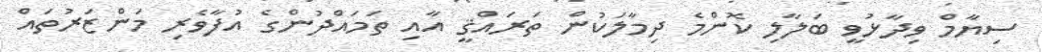
ސިޔާމް ވިދާޅުވީ ބަލާލި ކޮންމެ ދިމާލަކުން ތަރައްޤީ އާއި ތަމައްދުންގެ އުފާވެރި މަންޒަރުތައް